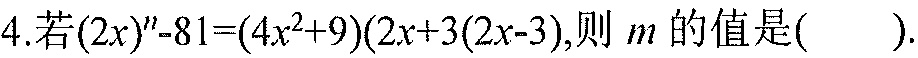
4.若$(2x)^{m}-81=(4x^{2}+9)(2x + 3)(2x - 3)$,则$m$的值是(  ).